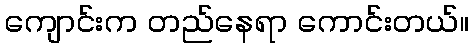
ကျောင်းက တည်နေရာ ကောင်းတယ်။